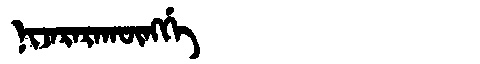
Manchu: ᠨᡳᠵᠠᡵᠠᡵᠠᡴᡡᠩᡤᡝ
Romanization: NIJARARAKŪNGGE